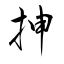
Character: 抻